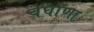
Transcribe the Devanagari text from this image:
बघाणा